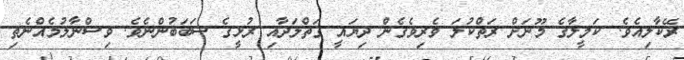
ރޭކާލިއެވެ. ކަމީލާގެ މޫނަށް ރަތްކުލަ ވެރިވެގެން ދިޔައީ ގަތްލަދާއި ރުޅީގެ ސަބަބުންނެވެ. ވިސްނާލުމެއްނެތި